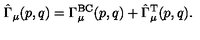
\hat { \Gamma } _ { \mu } ( p , q ) = \Gamma _ { \mu } ^ { \mathrm { B C } } ( p , q ) + \hat { \Gamma } _ { \mu } ^ { \mathrm { T } } ( p , q ) .